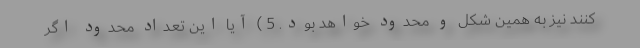
کنند نیز به همین شکل و محدود خواهد بود. 5 ) آیا این تعداد محدود اگر